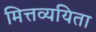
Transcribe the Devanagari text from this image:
मित्तव्ययिता